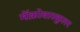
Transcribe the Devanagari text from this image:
मॅक्रोवास्कुलर